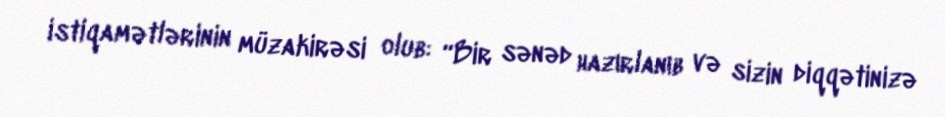
istiqamətlərinin müzakirəsi olub: “Bir sənəd hazırlanıb və sizin diqqətinizə